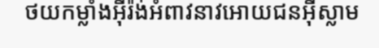
ថយកម្លាំងអ៊ីរ៉ង់អំពាវនាវអោយជនអ៊ីស្លាម